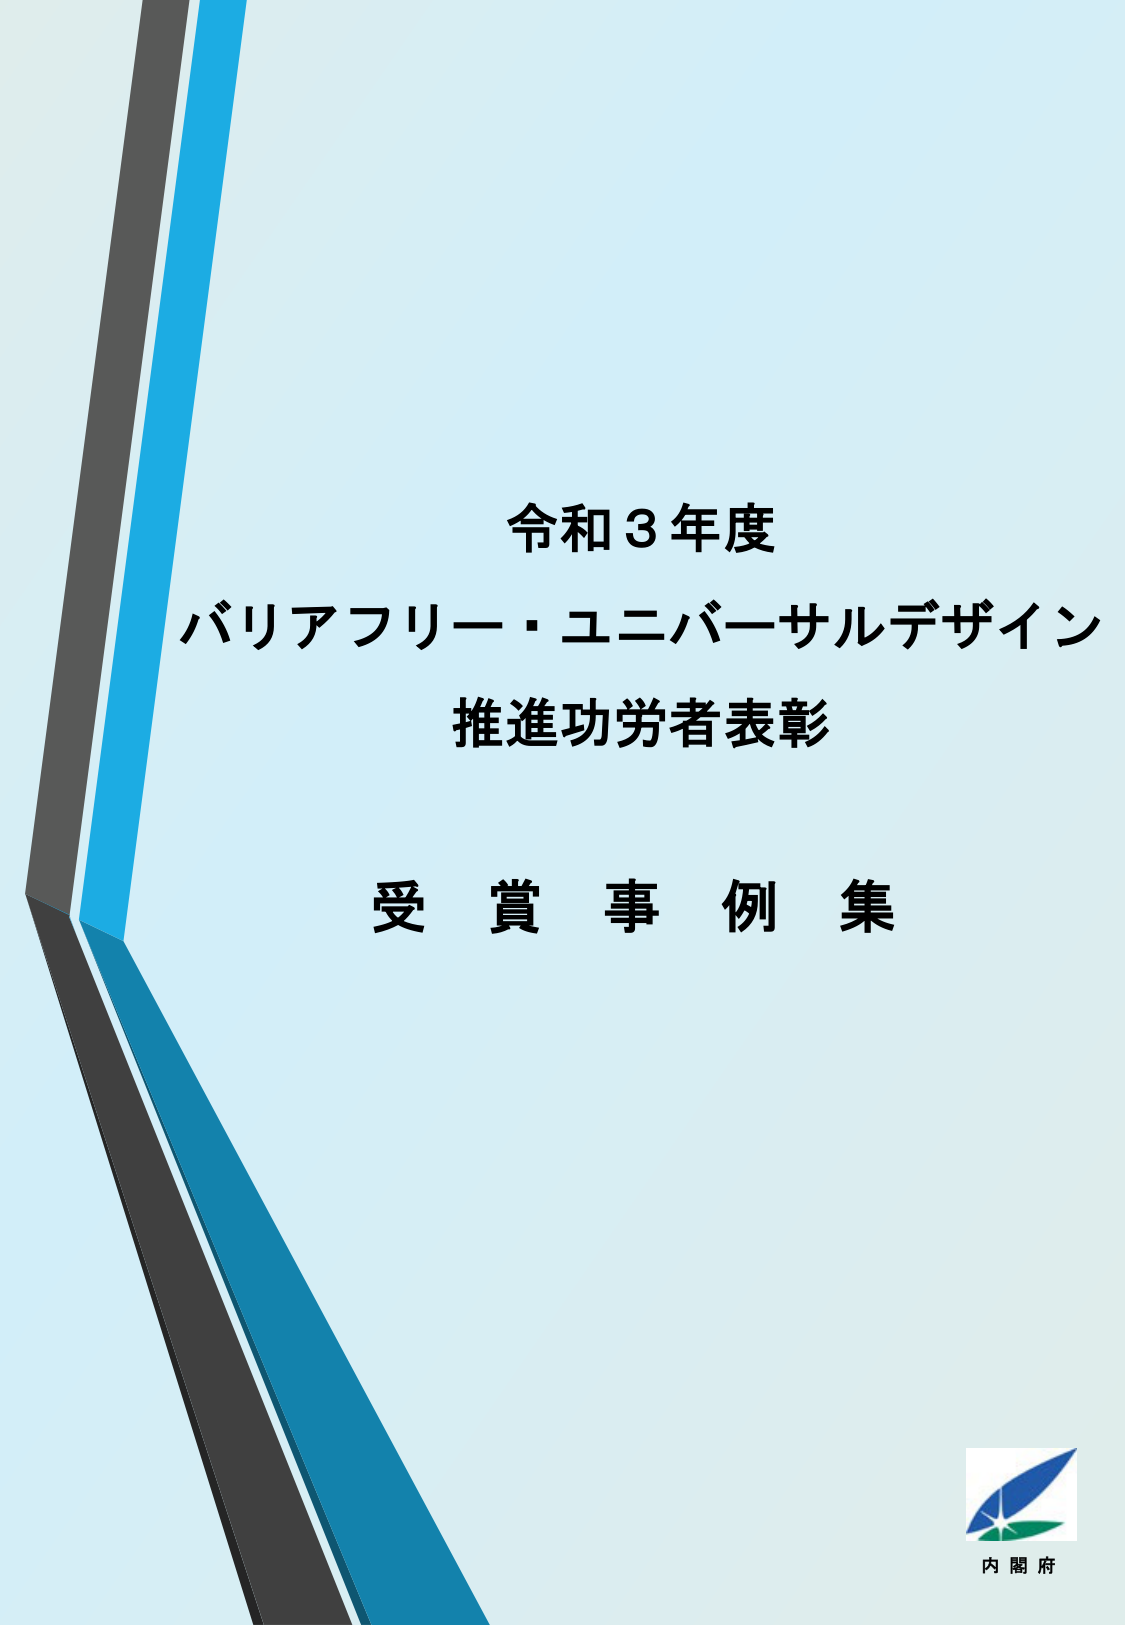
令和３年度
バリアフリー・ユニバーサルデザイン
推進功労者表彰
受賞事例集
内閣府